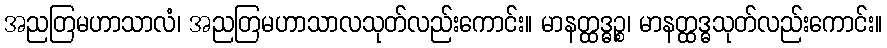
အညတြမဟာသာလံ၊ အညတြမဟာသာလသုတ်လည်းကောင်း။ မာနတ္ထဒ္ဓဉ္စ၊ မာနတ္ထဒ္ဓသုတ်လည်းကောင်း။